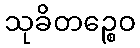
သုခိတဉ္စေဝ